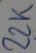
Text: 22K